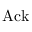
\mathrm { A c k }